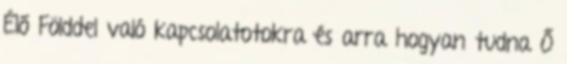
Élő Földdel való kapcsolatotokra és arra hogyan tudna Ő